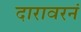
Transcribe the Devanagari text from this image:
दारावरनं